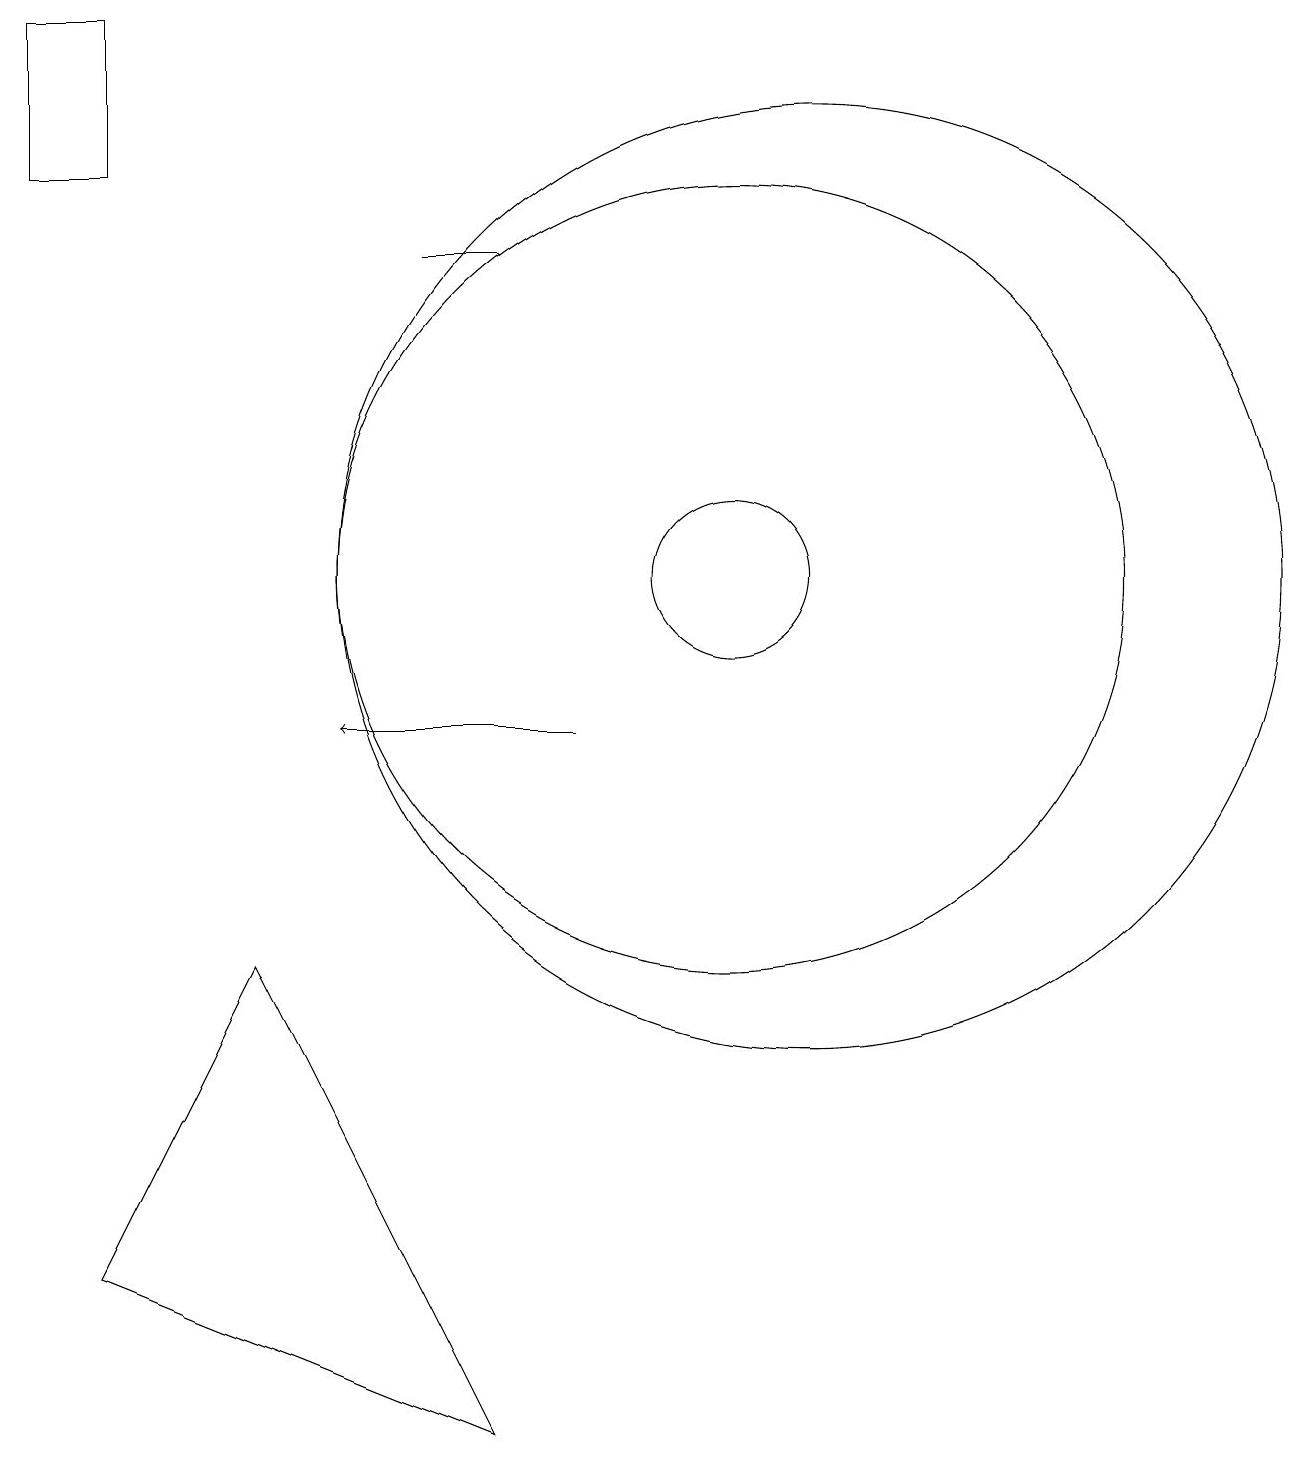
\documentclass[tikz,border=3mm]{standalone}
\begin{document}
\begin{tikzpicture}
\draw (6,16) rectangle (7,16);
\draw (10,12) circle (1);
\draw (2,3) -- (4,7) -- (7,1) -- cycle;
\draw (10,12) circle (5);
\draw (11,12) circle (6);
\draw (2,19) rectangle (1,17);
\draw[->] (8,10) -- (5,10);
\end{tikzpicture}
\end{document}